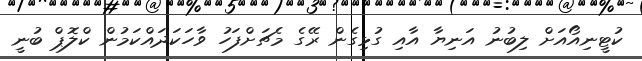
ކުޓީނިއޯއަށް ލިބުނު އަނިޔާ އާއި ގުޅިގެން ރޭގެ މެޗަށްފަހު ވާހަކަދައްކަމުން ކްލޮޕް ބުނީ